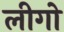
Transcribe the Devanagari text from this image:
लीगो